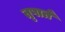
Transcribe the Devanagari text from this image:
तृषार्त